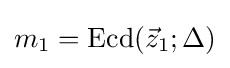
m_{1}={\text{Ecd}}({\vec {z}}_{1};\Delta )